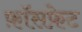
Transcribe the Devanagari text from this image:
फ़ॉसफ़ेट